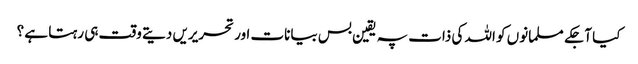
کیا آجکے مسلمانوں کو اللہ کی ذات پہ یقین بس بیانات اور تحریریں دیتے وقت ہی رہتا ہے ؟